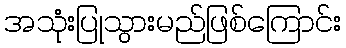
အသုံးပြုသွားမည်ဖြစ်ကြောင်း